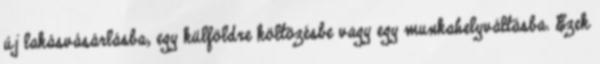
új lakásvásárlásba, egy külföldre költözésbe vagy egy munkahelyváltásba. Ezek